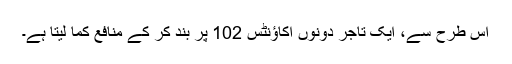
اس طرح سے، ایک تاجر دونوں اکاؤنٹس 102 پر بند کر کے منافع کما لیتا ہے۔